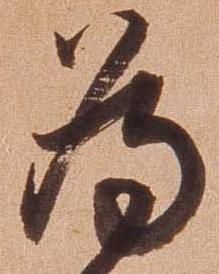
為